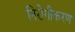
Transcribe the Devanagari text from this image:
निरोगीकरण